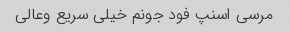
مرسی اسنپ فود جونم خیلی سریع وعالی